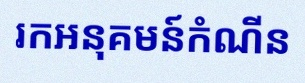
រកអនុគមន៍កំណើន